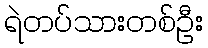
ရဲတပ်သားတစ်ဦး